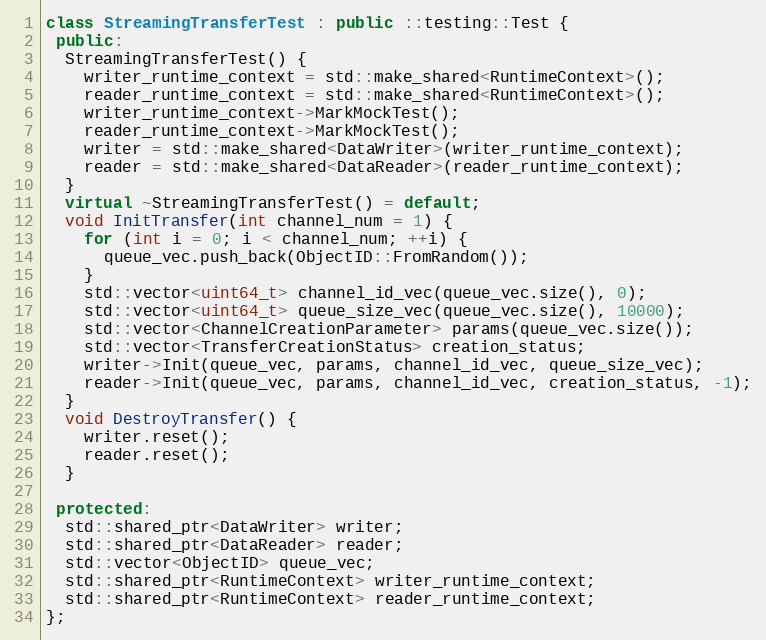
Language: C++
class StreamingTransferTest : public ::testing::Test {
 public:
  StreamingTransferTest() {
    writer_runtime_context = std::make_shared<RuntimeContext>();
    reader_runtime_context = std::make_shared<RuntimeContext>();
    writer_runtime_context->MarkMockTest();
    reader_runtime_context->MarkMockTest();
    writer = std::make_shared<DataWriter>(writer_runtime_context);
    reader = std::make_shared<DataReader>(reader_runtime_context);
  }
  virtual ~StreamingTransferTest() = default;
  void InitTransfer(int channel_num = 1) {
    for (int i = 0; i < channel_num; ++i) {
      queue_vec.push_back(ObjectID::FromRandom());
    }
    std::vector<uint64_t> channel_id_vec(queue_vec.size(), 0);
    std::vector<uint64_t> queue_size_vec(queue_vec.size(), 10000);
    std::vector<ChannelCreationParameter> params(queue_vec.size());
    std::vector<TransferCreationStatus> creation_status;
    writer->Init(queue_vec, params, channel_id_vec, queue_size_vec);
    reader->Init(queue_vec, params, channel_id_vec, creation_status, -1);
  }
  void DestroyTransfer() {
    writer.reset();
    reader.reset();
  }

 protected:
  std::shared_ptr<DataWriter> writer;
  std::shared_ptr<DataReader> reader;
  std::vector<ObjectID> queue_vec;
  std::shared_ptr<RuntimeContext> writer_runtime_context;
  std::shared_ptr<RuntimeContext> reader_runtime_context;
};